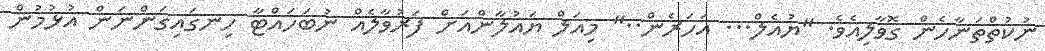
ނުކުތްތަނާހެން ގޮވާލިއެވެ. "ޔުއެލް... އަހަރެން.." މިއަލް ޔައުލާންއަށް ފަރުވާލެއް ނުބަހައްޓާ ހިނގައިގަންނަން އުޅުމުން